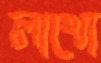
লাখো